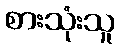
စားသုံးသူ